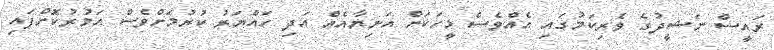
ރައީސް ނަޝީދުގެ ވެރިކަމުގައި އެއްވެސް މީހަކަށް އަނިޔާއެއް އަދި ހައްޔަރު ކުރުމަށްވެސް އަމުރުކޮށްފައި